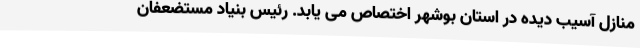
منازل آسیب دیده در استان بوشهر اختصاص می یابد. رئیس بنیاد مستضعفان